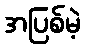
အပြစ်မဲ့